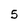
Character: 5